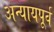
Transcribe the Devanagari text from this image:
अन्यायपूर्व